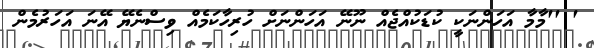
' ''މާމާ އަހަންނަކީ ކުޑަކުއްޖެއް ނޫނޭ އަހަންނަށް ހުރިހާކަމެއް ވިސްނެޔޭ އޭނަ އަހަރުމެން